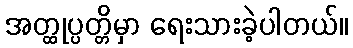
အတ္ထုပ္ပတ္တိမှာ ရေးသားခဲ့ပါတယ်။